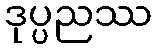
ဒုပ္ပညဿ